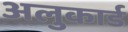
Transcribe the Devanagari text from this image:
अलुकार्ड